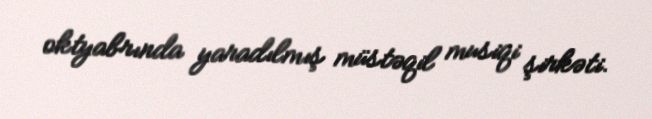
oktyabrında yaradılmış müstəqil musiqi şirkəti.